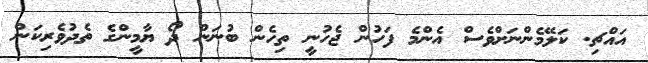
އައްޗި. ކަލޭމެންނަށްވެސް އެންމެ ފަހުން ޖެހުނީ ތިހެން ބުނަން ދޯ ޔާމީންގެ ތެދުވެރިކަން